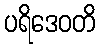
ပရိဒေဝတိ